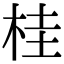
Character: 桂